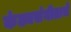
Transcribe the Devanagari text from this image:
कंठ्यसंगीताचे